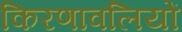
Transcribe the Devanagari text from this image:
किरणावलियों